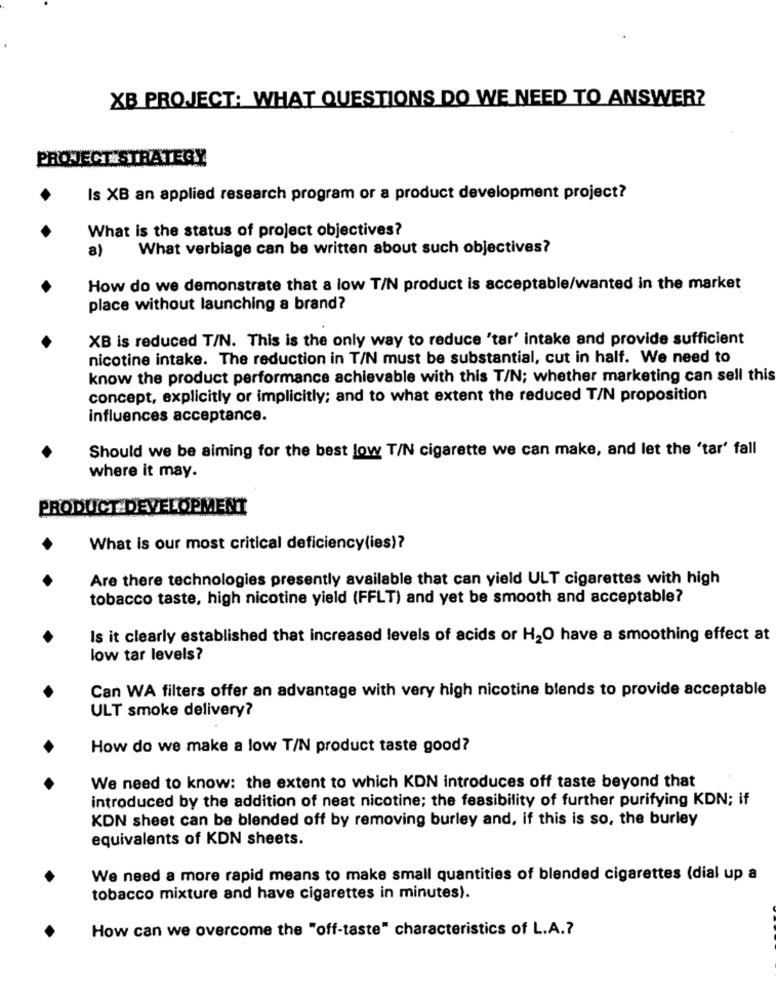
XB PROJECT: WHAT QUESTIONS DO WE NEED TO ANSWER?
PROJECT STRATEGY
Is XB an applied research program or a product development project?
What is the status of project objectives?
a)
What verbiage can be written about such objectives?
How do we demonstrate that a low T/N product is acceptable/wanted in the market
place without launching a brand?
XB is reduced T/N. This is the only way to reduce 'tar' intake and provide sufficient
nicotine intake. The reduction in T/N must be substantial, cut in half. We need to
know the product performance achievable with this T/N; whether marketing can sell this
concept, explicitly or implicitly; and to what extent the reduced T/N proposition
influences acceptance.
Should we be aiming for the best low T/N cigarette we can make, and let the 'tar' fall
where it may.
PRODUCT DEVELOPMENT
What is our most critical deficiency(ies)?
Are there technologies presently available that can yield ULT cigarettes with high
tobacco taste, high nicotine yield (FFLT) and yet be smooth and acceptable?
Is it clearly established that increased levels of acids or H2O have a smoothing effect at
low tar levels?
Can WA filters offer an advantage with very high nicotine blends to provide acceptable
ULT smoke delivery?
How do we make a low T/N product taste good?
We need to know: the extent to which KON introduces off taste beyond that
introduced by the addition of neat nicotine; the feasibility of further purifying KDN; if
KDN sheet can be blended off by removing burley and, if this is so, the burley
equivalents of KDN sheets.
We need a more rapid means to make small quantities of blended cigarettes (dial up a
tobacco mixture and have cigarettes in minutes).
How can we overcome the "off-taste" characteristics of L.A .?